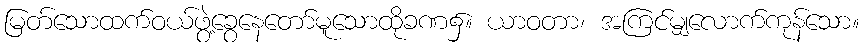
မြတ်သောထက်ဝယ်ဖွဲ့ခွေနေတော်မူသောထိုခဏ၌။ ယာဝတာ၊ အကြင်မျှလောက်ကုန်သော။